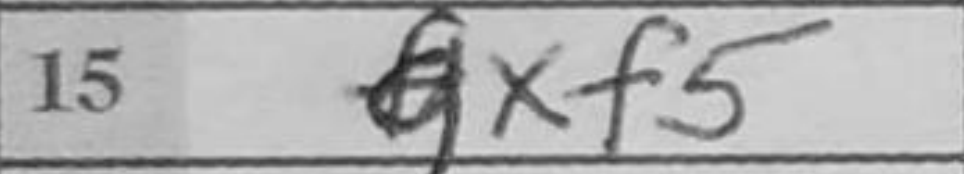
Transcription: gxf5